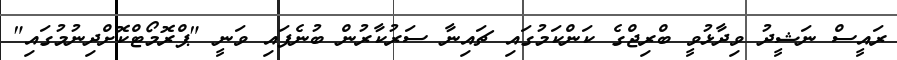
ރައީސް ނަޝީދު ވިދާޅުވީ ބްރިޖްގެ ކަންކަމުގައި ޗައިނާ ސަރުކާރުން ބުނެފައި ވަނީ "ޕްރޮމޯޓްކޮށްދިނުމުގައި"